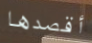
أقصدها